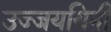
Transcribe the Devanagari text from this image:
उज्जययिनी